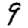
Digit: 9